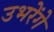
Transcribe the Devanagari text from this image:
उभरेंगे